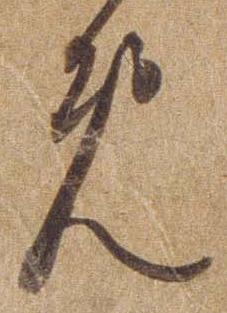
め